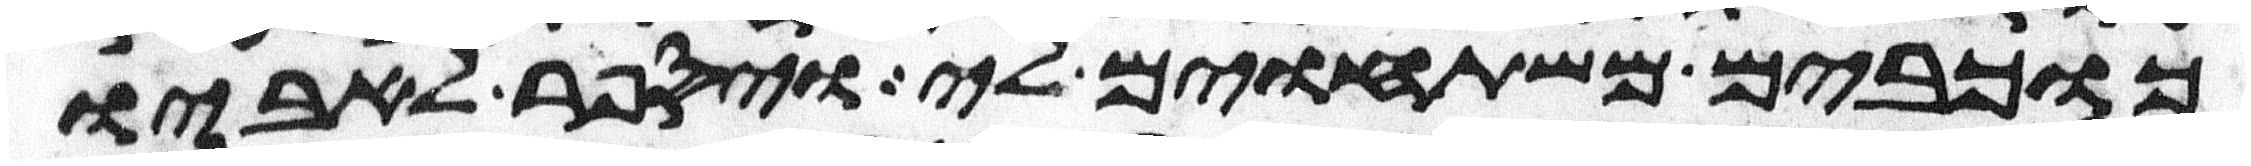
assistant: כוכבים משתחוים לי ויספר לאביו